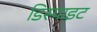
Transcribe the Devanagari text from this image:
डिस्पाइट